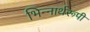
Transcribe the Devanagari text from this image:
भिन्‍नार्थरूपी